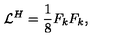
{ \cal L } ^ { H } = \frac { 1 } { 8 } F _ { k } F _ { k } ,